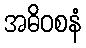
အဓိဝစနံ